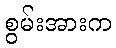
စွမ်းအားက